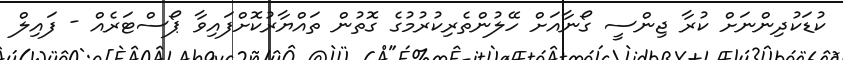
ކުޑަކުދިންނަށް ކުރާ ޖިންސީ ގޯނާއަށް ހޭލުންތެރިކުރުމުގެ ގޮތުން ތައްޔާރުކޮށްފައިވާ ޕޯސްޓަރެއް - ފައިލް